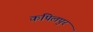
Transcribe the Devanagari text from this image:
कपिलपुर